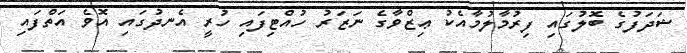
ޝަދަފުގެ ބޮލުގައި ފިރުމާލުމާއެކު ޢިޒްވާގެ ނަޒަރު ހުއްޓިފައި ހުރީ އެނދުގައި އޮވެ އަތްފައި